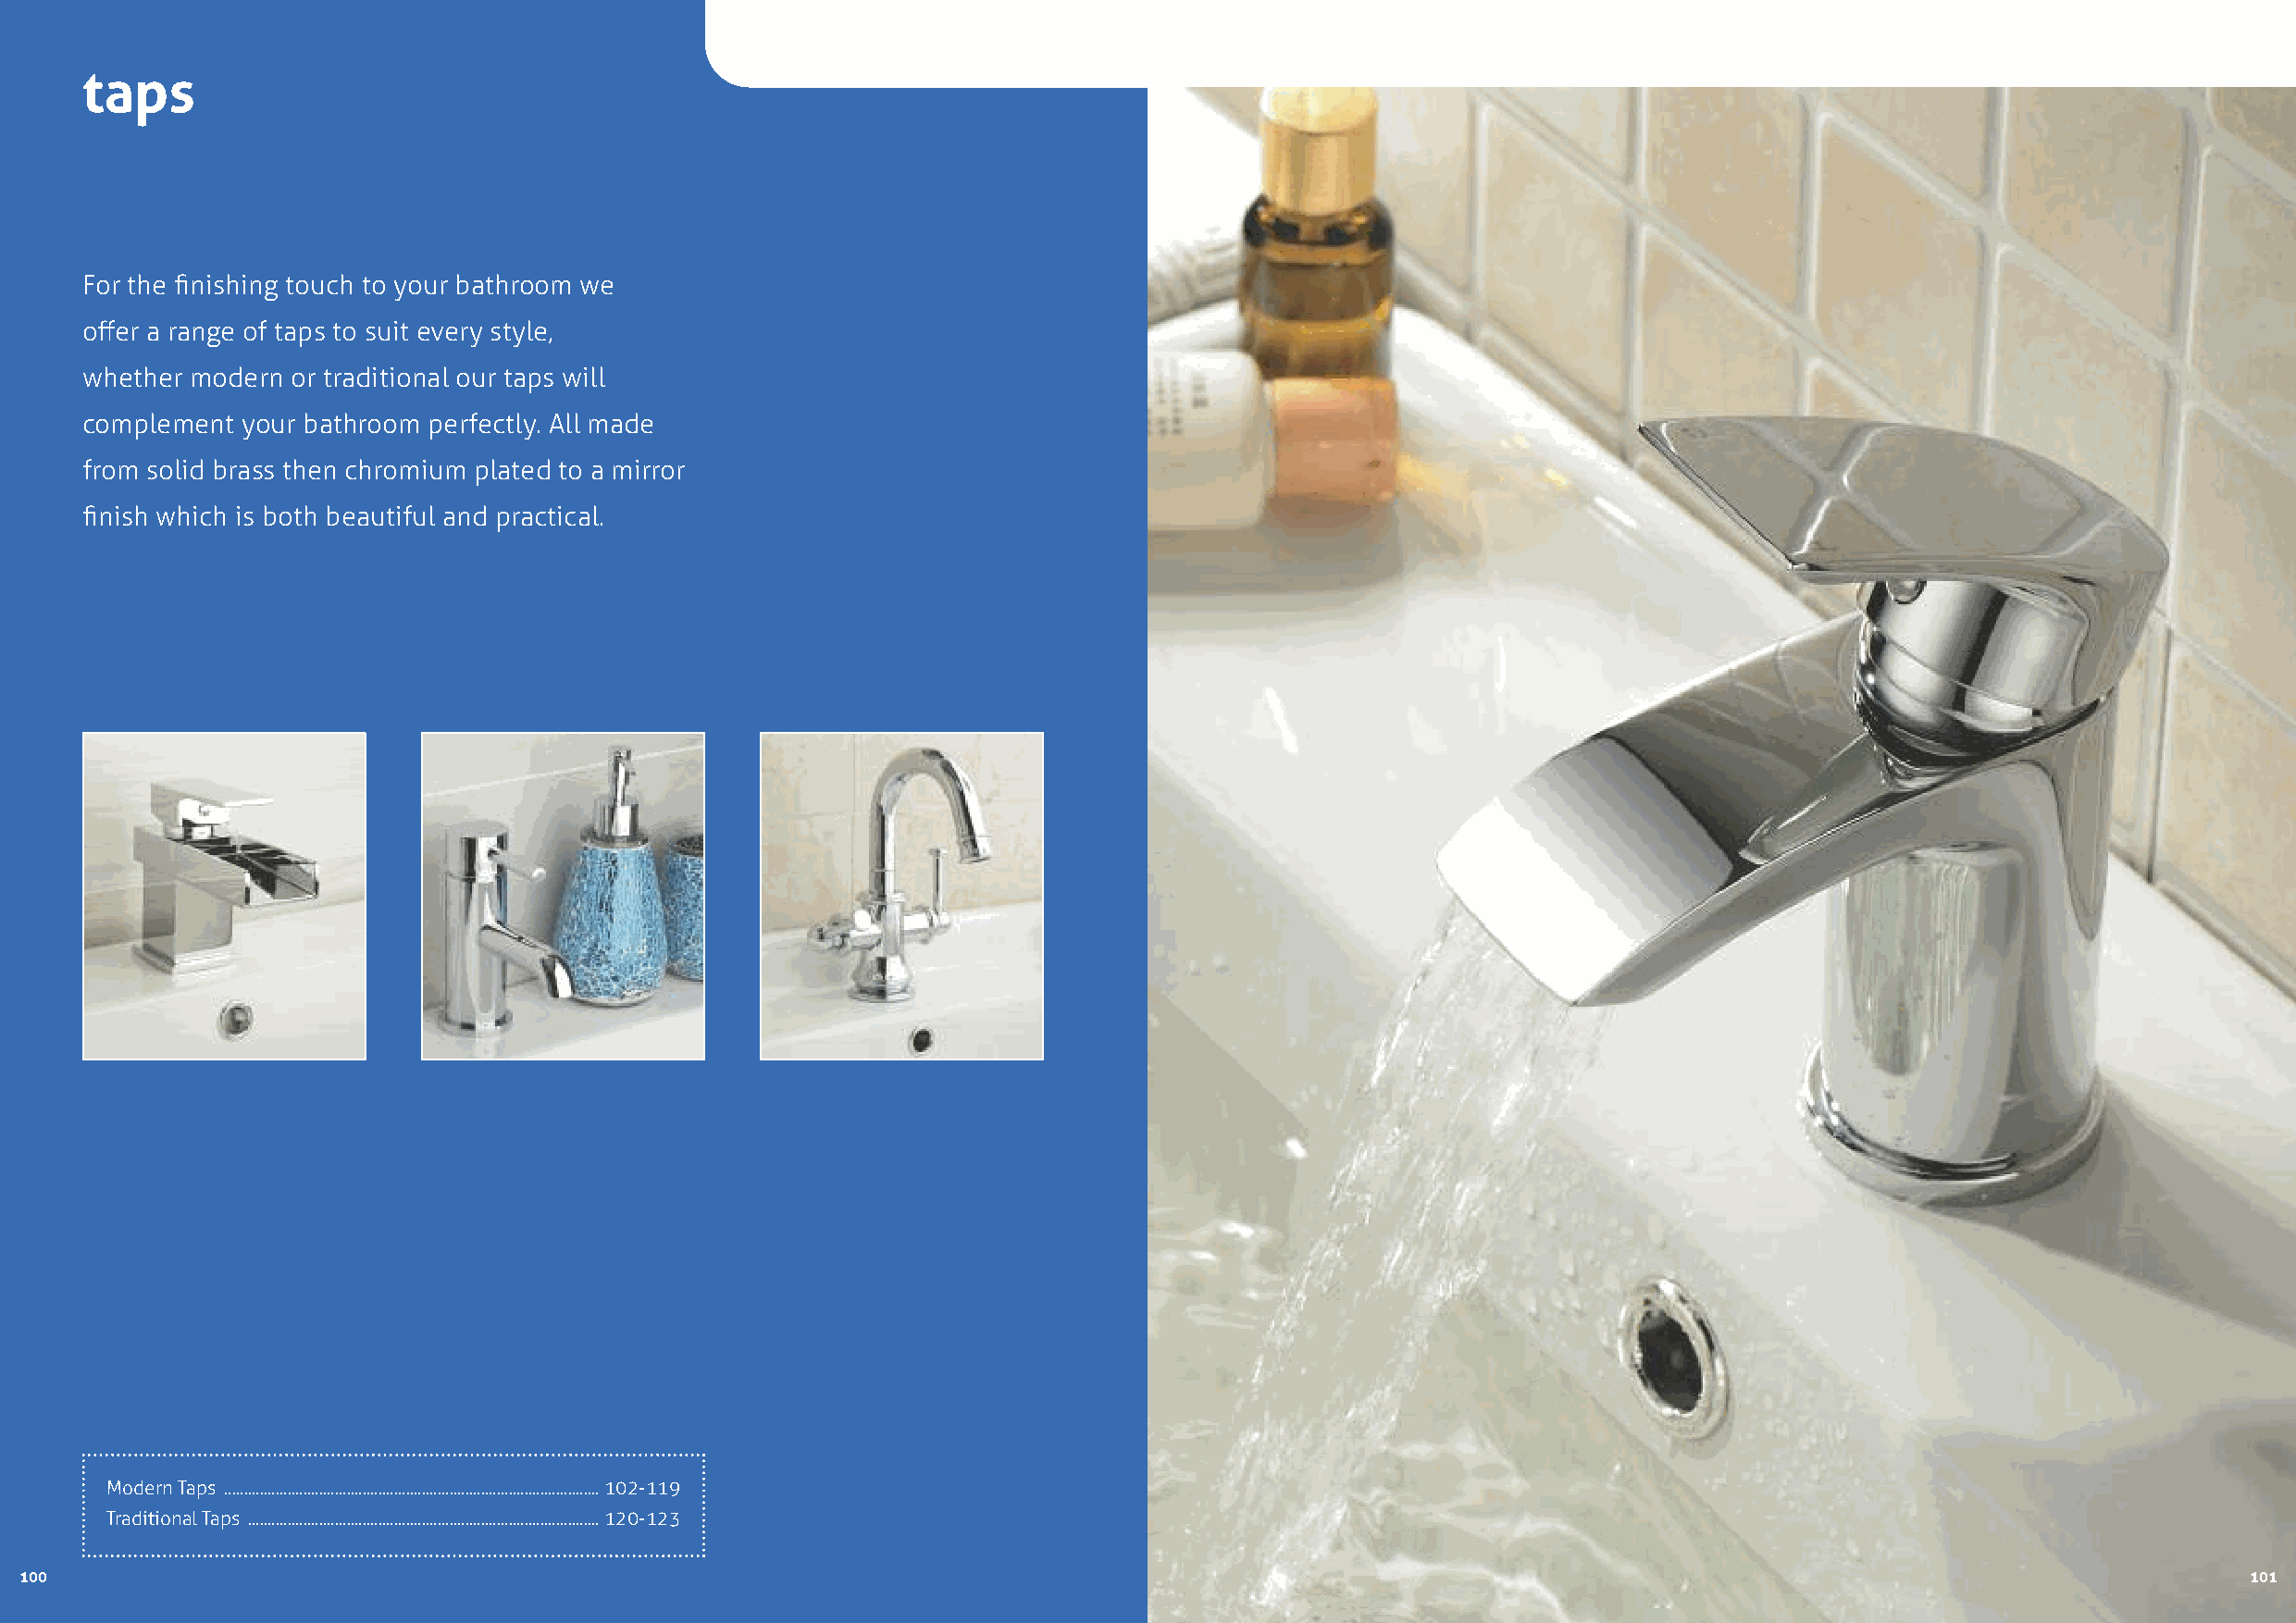
taps
 For the finishing touch to your bathroom we
 offer a range of taps to suit every style,
 whether modern or traditional our taps will
 complement your bathroom perfectly. All made
 from solid brass then chromium plated to a mirror
 finish which is both beautiful and practical.
 Modern Taps ...............................................................................................102-119
 Traditional Taps .........................................................................................120-123
 100                                                                                                                                                             101